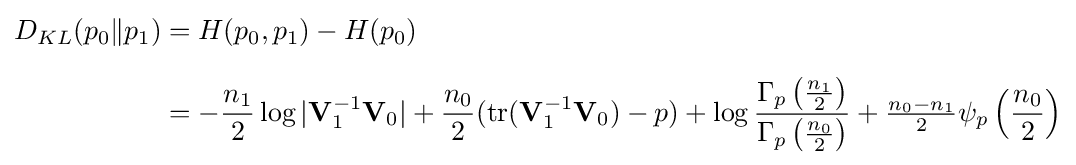
{\begin{aligned}D_{KL}(p_{0}\|p_{1})&=H(p_{0},p_{1})-H(p_{0})\\[6pt]&=-{\frac {n_{1}}{2}}\log |\mathbf {V} _{1}^{-1}\mathbf {V} _{0}|+{\frac {n_{0}}{2}}(\operatorname {tr} (\mathbf {V} _{1}^{-1}\mathbf {V} _{0})-p)+\log {\frac {\Gamma _{p}\left({\frac {n_{1}}{2}}\right)}{\Gamma _{p}\left({\frac {n_{0}}{2}}\right)}}+{\tfrac {n_{0}-n_{1}}{2}}\psi _{p}\left({\frac {n_{0}}{2}}\right)\end{aligned}}